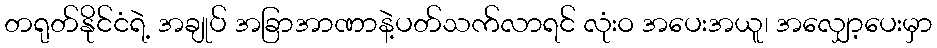
တရုတ်နိုင်ငံရဲ့ အချုပ် အခြာအာဏာနဲ့ပတ်သက်လာရင် လုံးဝ အပေးအယူ၊ အလျှော့ပေးမှာ